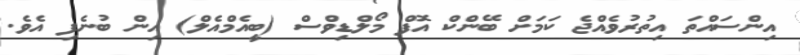
އިންސައްތަ އިތުރުވެއްޖެ ކަމަށް ބޭންކް އޮފް މޯލްޑިވްސް (ބީއެމްއެލް) އިން ބުނެފި އެވެ.